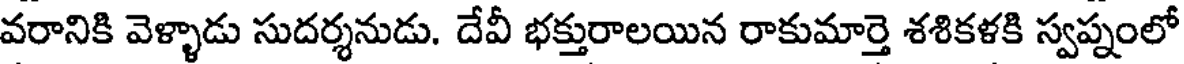
వరానికి వెళ్ళాడు సుదర్శనుడు. దేవీ భక్తురాలయిన రాకుమార్తె శశికళకి స్వప్నంలో